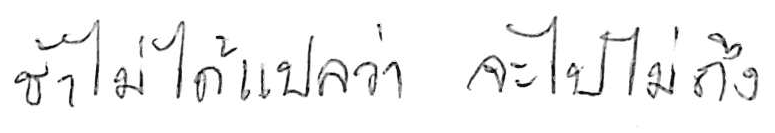
ช้า ไม่ได้แปลว่า จะไปไม่ถึง